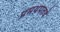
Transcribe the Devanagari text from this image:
प्रमथपतये